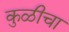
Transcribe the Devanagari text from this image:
कुळीचा